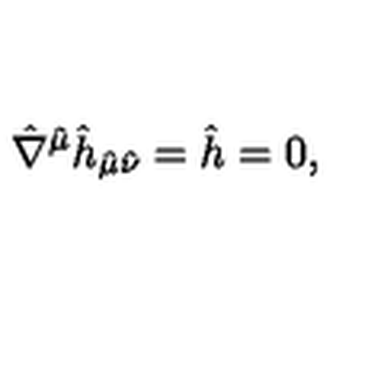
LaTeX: \hat { \nabla } ^ { \hat { \mu } } \hat { h } _ { \hat { \mu } \hat { \nu } } = \hat { h } = 0 ,